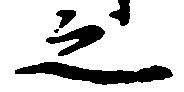
之